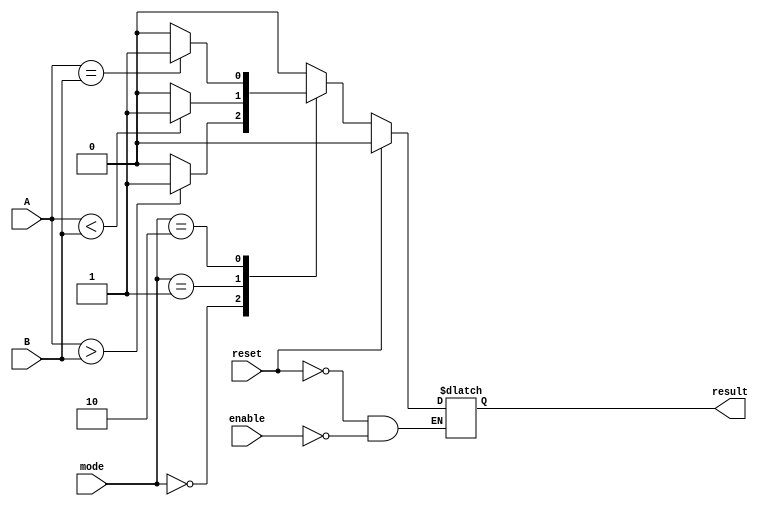
module ParameterizedComparator #(
    parameter N = 8 // Default width is 8 bits
) (
    input  wire [N-1:0] A,         // Input vector A
    input  wire [N-1:0] B,         // Input vector B
    input  wire [1:0] mode,        // Comparison mode: 00 = A > B, 01 = A < B, 10 = A == B
    input  wire reset,             // Asynchronous reset
    input  wire enable,            // Enable signal
    output reg result              // Output result
);

    always @(*) begin
        // Reset condition
        if (reset) begin
            result <= 1'b0; // Default output when reset is active
        end else if (enable) begin
            // Perform comparison based on the mode
            case (mode)
                2'b00: result <= (A > B) ? 1'b1 : 1'b0;  // A > B
                2'b01: result <= (A < B) ? 1'b1 : 1'b0;  // A < B
                2'b10: result <= (A == B) ? 1'b1 : 1'b0; // A == B
                default: result <= 1'b0; // Default case if mode is invalid
            endcase
        end else begin
            result <= result; // Hold previous result if not enabled
        end
    end

endmodule